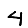
Digit: 4